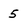
Character: 5